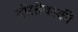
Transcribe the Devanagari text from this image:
दोस्तेवस्की